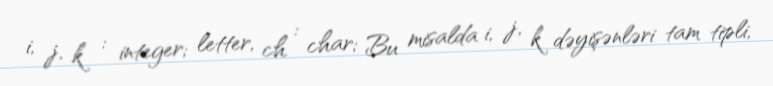
i, j, k : integer; letter, ch : char; Bu misalda i, j, k dəyişənləri tam tipli,